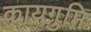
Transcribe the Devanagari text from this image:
कायगुप्ति